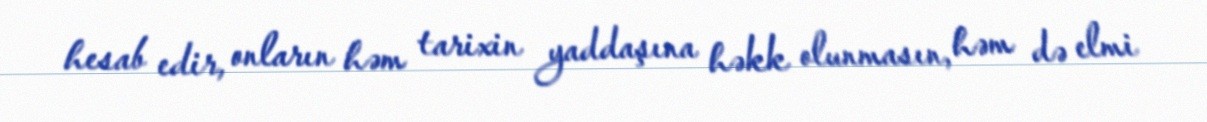
hesab edir, onların həm tarixin yaddaşına həkk olunmasın, həm də elmi